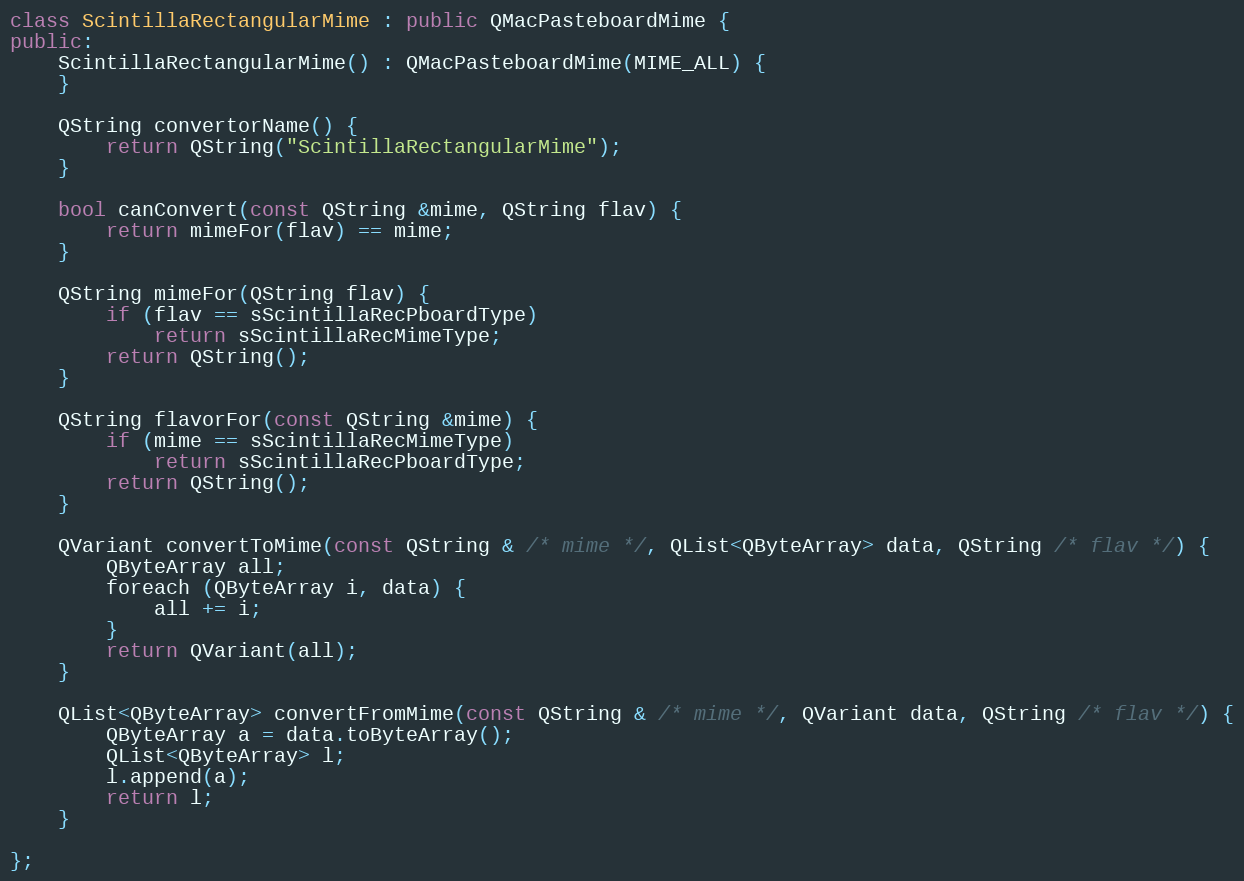
Language: C++
class ScintillaRectangularMime : public QMacPasteboardMime {
public:
	ScintillaRectangularMime() : QMacPasteboardMime(MIME_ALL) {
	}

	QString convertorName() {
		return QString("ScintillaRectangularMime");
	}

	bool canConvert(const QString &mime, QString flav) {
		return mimeFor(flav) == mime;
	}

	QString mimeFor(QString flav) {
		if (flav == sScintillaRecPboardType)
			return sScintillaRecMimeType;
		return QString();
	}

	QString flavorFor(const QString &mime) {
		if (mime == sScintillaRecMimeType)
			return sScintillaRecPboardType;
		return QString();
	}

	QVariant convertToMime(const QString & /* mime */, QList<QByteArray> data, QString /* flav */) {
		QByteArray all;
		foreach (QByteArray i, data) {
			all += i;
		}
		return QVariant(all);
	}

	QList<QByteArray> convertFromMime(const QString & /* mime */, QVariant data, QString /* flav */) {
		QByteArray a = data.toByteArray();
		QList<QByteArray> l;
		l.append(a);
		return l;
	}

};